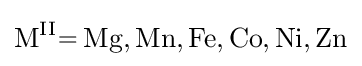
{\ce {M^{II}= Mg, Mn, Fe, Co, Ni, Zn}}